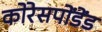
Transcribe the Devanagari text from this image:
कोरेसपोंडेंड